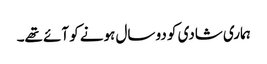
ہماری شادی کو دو سال ہونے کو آئے تھے۔